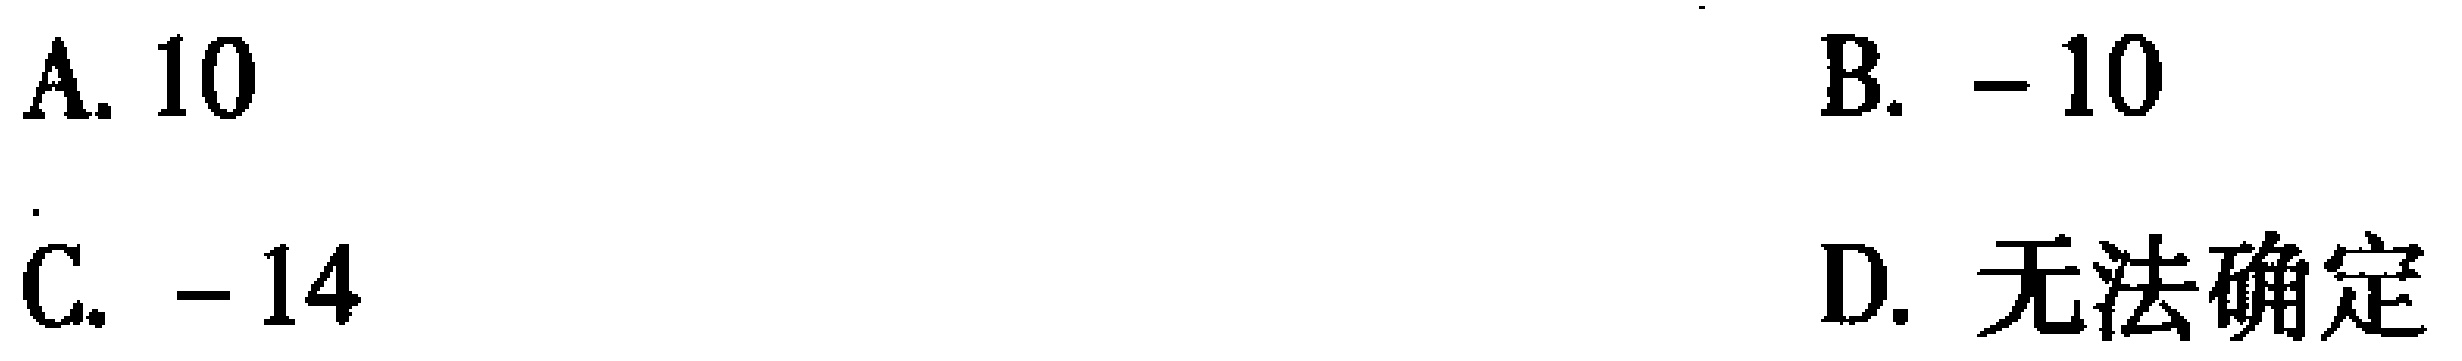
A. \(10\)  B. \(-10\)  C. \(-14\)  D. 无法确定